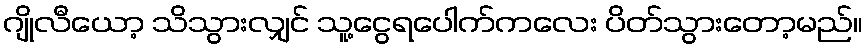
ဂျိုလီယော့ သိသွားလျှင် သူ့ငွေရပေါက်ကလေး ပိတ်သွားတော့မည်။